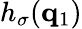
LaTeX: h_{\sigma}(\mathbf{q}_{1})